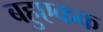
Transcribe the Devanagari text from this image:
बहुएकक